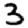
Digit: 3